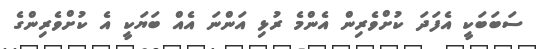
ސަބަބަކީ އެފަދަ ކުށްވެރިން އެންމެ ރުޅި އަންނަ އެއް ބަޔަކީ އެ ކުށްވެރިންގެ